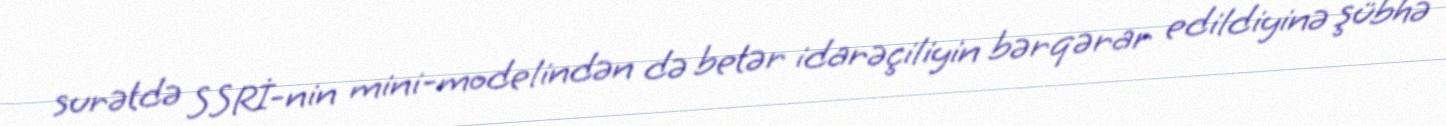
surətdə SSRİ-nin mini-modelindən də betər idarəçiliyin bərqərar edildiyinə şübhə